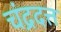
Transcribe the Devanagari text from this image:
चंद्रदत्त